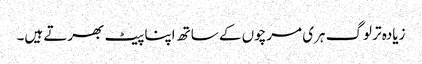
زیادہ تر لوگ ہری مرچوں کے ساتھ اپنا پیٹ بھرتے ہیں۔